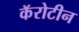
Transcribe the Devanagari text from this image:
कॅरोटीन